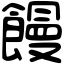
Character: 饅